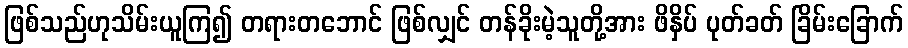
ဖြစ်သည်ဟုသိမ်းယူကြ၍ တရားတဘောင် ဖြစ်လျှင် တန်ခိုးမဲ့သူတို့အား ဖိနှိပ် ပုတ်ခတ် ခြိမ်းခြောက်